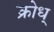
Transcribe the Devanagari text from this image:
क्रोध्